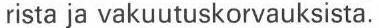
rista ja vakuutuskorvauksista.